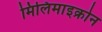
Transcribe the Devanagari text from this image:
मिलिमाइक्रोन